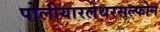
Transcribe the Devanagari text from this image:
पोलीयारलेथरसल्फोन